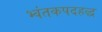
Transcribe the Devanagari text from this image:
भ्वंतकपदहद्ध